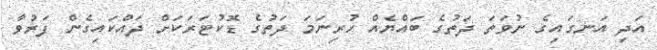
އަދި އަނގައިގެ ނުވަތަ ދަތުގެ ބައްޔެއް ހުރިނަމަ ދަތުގެ ޑޮކުޓަރަކަށް ދައްކައިގެން ފަރުވާ